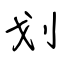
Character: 划